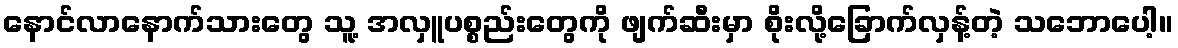
နောင်လာနောက်သားတွေ သူ့ အလှူပစ္စည်းတွေကို ဖျက်ဆီးမှာ စိုးလို့ခြောက်လှန့်တဲ့ သဘောပေါ့။